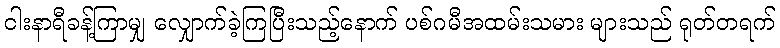
ငါးနာရီခန့်ကြာမျှ လျှောက်ခဲ့ကြပြီးသည့်နောက် ပစ်ဂမီအထမ်းသမား များသည် ရုတ်တရက်